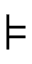
\models